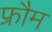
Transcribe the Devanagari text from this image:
फ्रौम